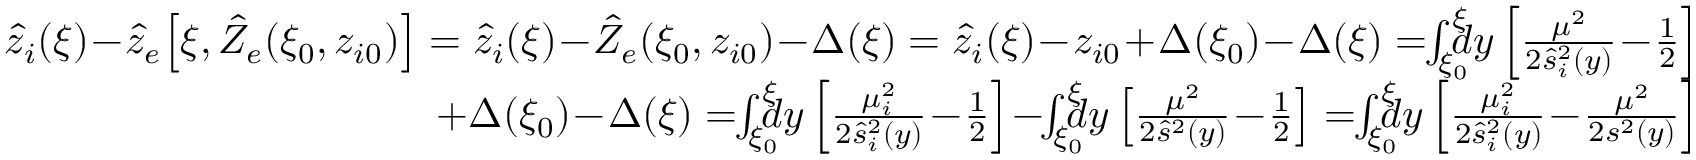
\begin{array} { r } { \hat { z } _ { i } ( \xi ) \! - \! \hat { z } _ { e } \! \left[ \xi , \hat { Z } _ { e } ( \xi _ { 0 } , z _ { i 0 } ) \right] = \hat { z } _ { i } ( \xi ) \! - \! \hat { Z } _ { e } ( \xi _ { 0 } , z _ { i 0 } ) \! - \! \Delta ( \xi ) = \hat { z } _ { i } ( \xi ) \! - \! z _ { i 0 } \! + \! \Delta ( \xi _ { 0 } ) \! - \! \Delta ( \xi ) = \! \! \int _ { \xi _ { 0 } } ^ { \xi } \! \! \! \! d y \left[ \frac { \mu ^ { 2 } } { 2 \hat { s } _ { i } ^ { 2 } ( y ) } \! - \! \frac 1 2 \right] } \\ { + \Delta ( \xi _ { 0 } ) \! - \! \Delta ( \xi ) = \! \! \int _ { \xi _ { 0 } } ^ { \xi } \! \! \! \! d y \left[ \frac { \mu _ { i } ^ { 2 } } { 2 \hat { s } _ { i } ^ { 2 } ( y ) } \! - \! \frac 1 2 \right] \! - \! \! \int _ { \xi _ { 0 } } ^ { \xi } \! \! \! \! d y \left[ \frac { \mu ^ { 2 } } { 2 \hat { s } ^ { 2 } ( y ) } \! - \! \frac 1 2 \right] = \! \! \int _ { \xi _ { 0 } } ^ { \xi } \! \! \! \! d y \left[ \frac { \mu _ { i } ^ { 2 } } { 2 \hat { s } _ { i } ^ { 2 } ( y ) } \! - \! \frac { \mu ^ { 2 } } { 2 s ^ { 2 } ( y ) } \right] } \end{array}